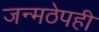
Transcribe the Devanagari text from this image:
जन्मठेपही